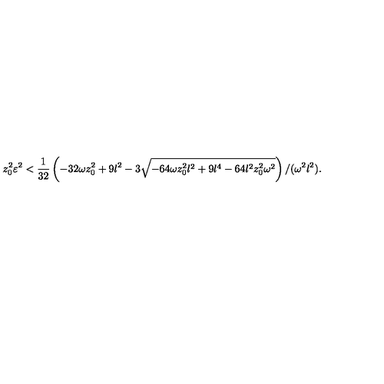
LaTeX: z _ { 0 } ^ { 2 } \varepsilon ^ { 2 } < { \frac { 1 } { 3 2 } } \left( - 3 2 \omega z _ { 0 } ^ { 2 } + 9 l ^ { 2 } - 3 \sqrt { - 6 4 \omega z _ { 0 } ^ { 2 } l ^ { 2 } + 9 l ^ { 4 } - 6 4 l ^ { 2 } z _ { 0 } ^ { 2 } \omega ^ { 2 } } \right) / ( \omega ^ { 2 } l ^ { 2 } ) .